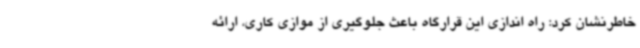
خاطرنشان کرد: راه اندازی این قرارگاه باعث جلوگیری از موازی کاری، ارائه